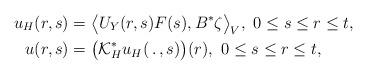
LaTeX: \begin{align*}u_H(r,s)&=\big\langle U_Y(r,s)F(s),B^*\zeta\big\rangle _V,\ 0\leq s\leq r\leq t,\\u(r,s)&=\big(\mathcal{K}^*_H u_H(\,.\,,s)\big)(r),\ 0\leq s\leq r\leq t,\end{align*}